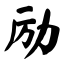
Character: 励